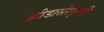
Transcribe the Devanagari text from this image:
क्रीडासंस्कृती